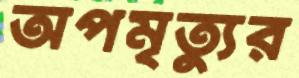
অপমৃত্যুর